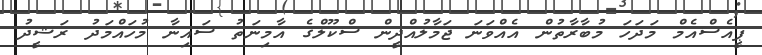
ޕީއެސްއެމް މަދަހަ މުބާރާތުން އެއްވަނަ ޖަމާލުއްދީން ސްކޫލްގެ އާމިނަތު ސައިނާ މުހައްމަދު ރަޝީދު